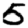
Digit: 5